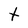
Character: t